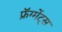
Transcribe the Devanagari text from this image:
फ्रॅग्मेंट्स